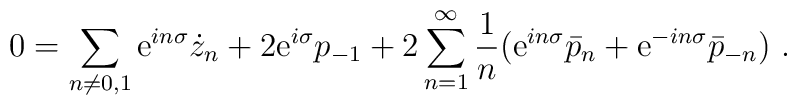
0=\sum_{n\neq 0,1}{\rm e}^{in\sigma}\dot z_n+2{\rm e}^{i\sigma}p_{-1}+2\sum_{n=1}^\infty {1 \over n}({\rm e}^{in\sigma}\bar p_n +{\rm e}^{-in\sigma}\bar p_{-n})\ .